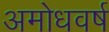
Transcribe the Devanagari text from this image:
अमोधवर्ष